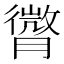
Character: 𦡒